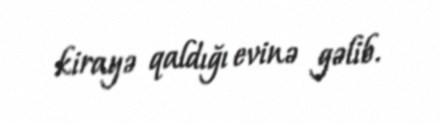
kirayə qaldığı evinə gəlib.